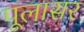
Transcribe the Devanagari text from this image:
पूलासर